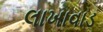
લાખાવાડ